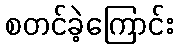
စတင်ခဲ့ကြောင်း